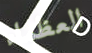
العظماء